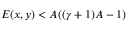
E ( x , y ) < A ( ( \gamma + 1 ) A - 1 )